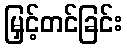
မြှင့်တင်ခြင်း